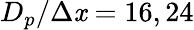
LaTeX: D_{p}/\Delta\mathit{x}=16,24